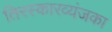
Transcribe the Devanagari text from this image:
तिरस्कारव्यंजका